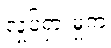
လှုပ်ရှားမှုက